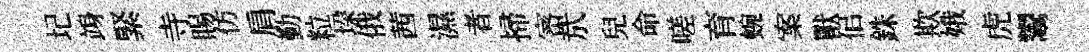
圮竧緊寺賜仿肩勤粒垜俄茜濕者掃宻㢤兒命嗟育蜿案獸佀銖欺娥虎鬻